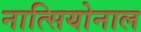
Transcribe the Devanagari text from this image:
नात्सियोनाल